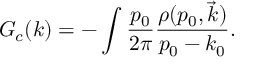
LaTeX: G _ { c } ( k ) = - \int \frac { \d p _ { 0 } } { 2 \pi } \frac { \rho ( p _ { 0 } , \vec { k } ) } { p _ { 0 } - k _ { 0 } } .